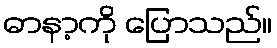
ဓာနာ့ကို ပြောသည်။